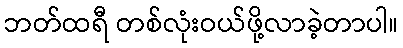
ဘတ်ထရီ တစ်လုံးဝယ်ဖို့လာခဲ့တာပါ။